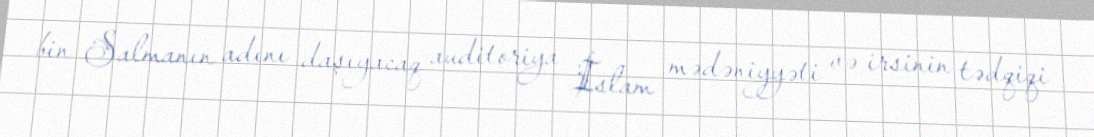
bin Salmanın adını daşıyacaq auditoriya İslam mədəniyyəti və irsinin tədqiqi